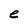
Character: e